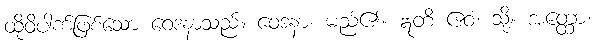
ထိုဝိပါက်ဖြစ်သော ဝေဒနာသည်။ ဝေဒနာ၊ မည်၏။ ဣတိ ဧဝံ၊ သို့။ အတ္ထော၊